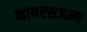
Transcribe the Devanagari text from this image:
व्हायरसजन्य